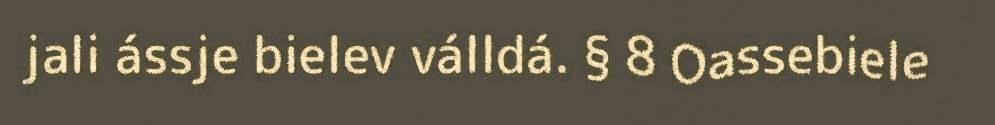
jali ássje bielev válldá. § 8 Oassebiele